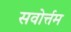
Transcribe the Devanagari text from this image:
सवोर्त्तम